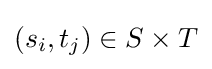
(s_{i},t_{j})\in S\times T